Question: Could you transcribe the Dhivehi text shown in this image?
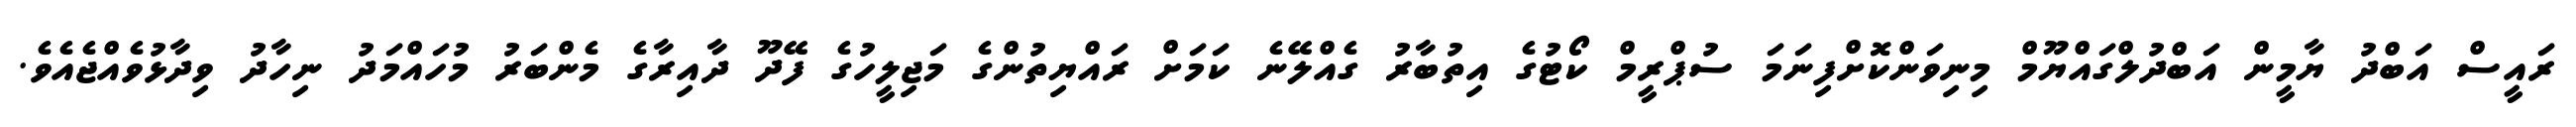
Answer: ރައީސް އަބްދު ޔާމީން އަބްދުލްގައްޔޫމް މިނިވަންކޮށްފިނަމަ ސުޕްރީމް ކޯޓުގެ އިތުބާރު ގެއްލޭނެ ކަމަށް ރައްޔިތުންގެ މަޖިލީހުގެ ފޭދޫ ދާއިރާގެ މެންބަރު މުހައްމަދު ނިހާދު ވިދާޅުވެއްޖެއެވެ.